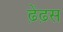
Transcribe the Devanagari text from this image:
ढ़ेंढ़स